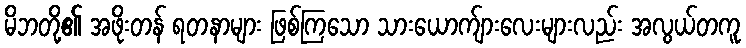
မိဘတို့၏ အဖိုးတန် ရတနာများ ဖြစ်ကြသော သားယောက်ျားလေးများလည်း အလွယ်တကူ